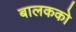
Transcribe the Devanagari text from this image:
बालकको